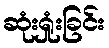
ဆုံးရှုံးခြင်း